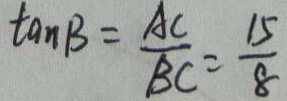
\tan B = \frac { A C } { B C } = \frac { 1 5 } { 8 }